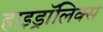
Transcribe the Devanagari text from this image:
हाइड्रॉलिक्स